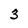
Character: 3